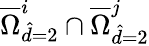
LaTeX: \overline{{\Omega}}_{\hat{d}=2}^{i}\cap\overline{{\Omega}}_{\hat{d}=2}^{j}